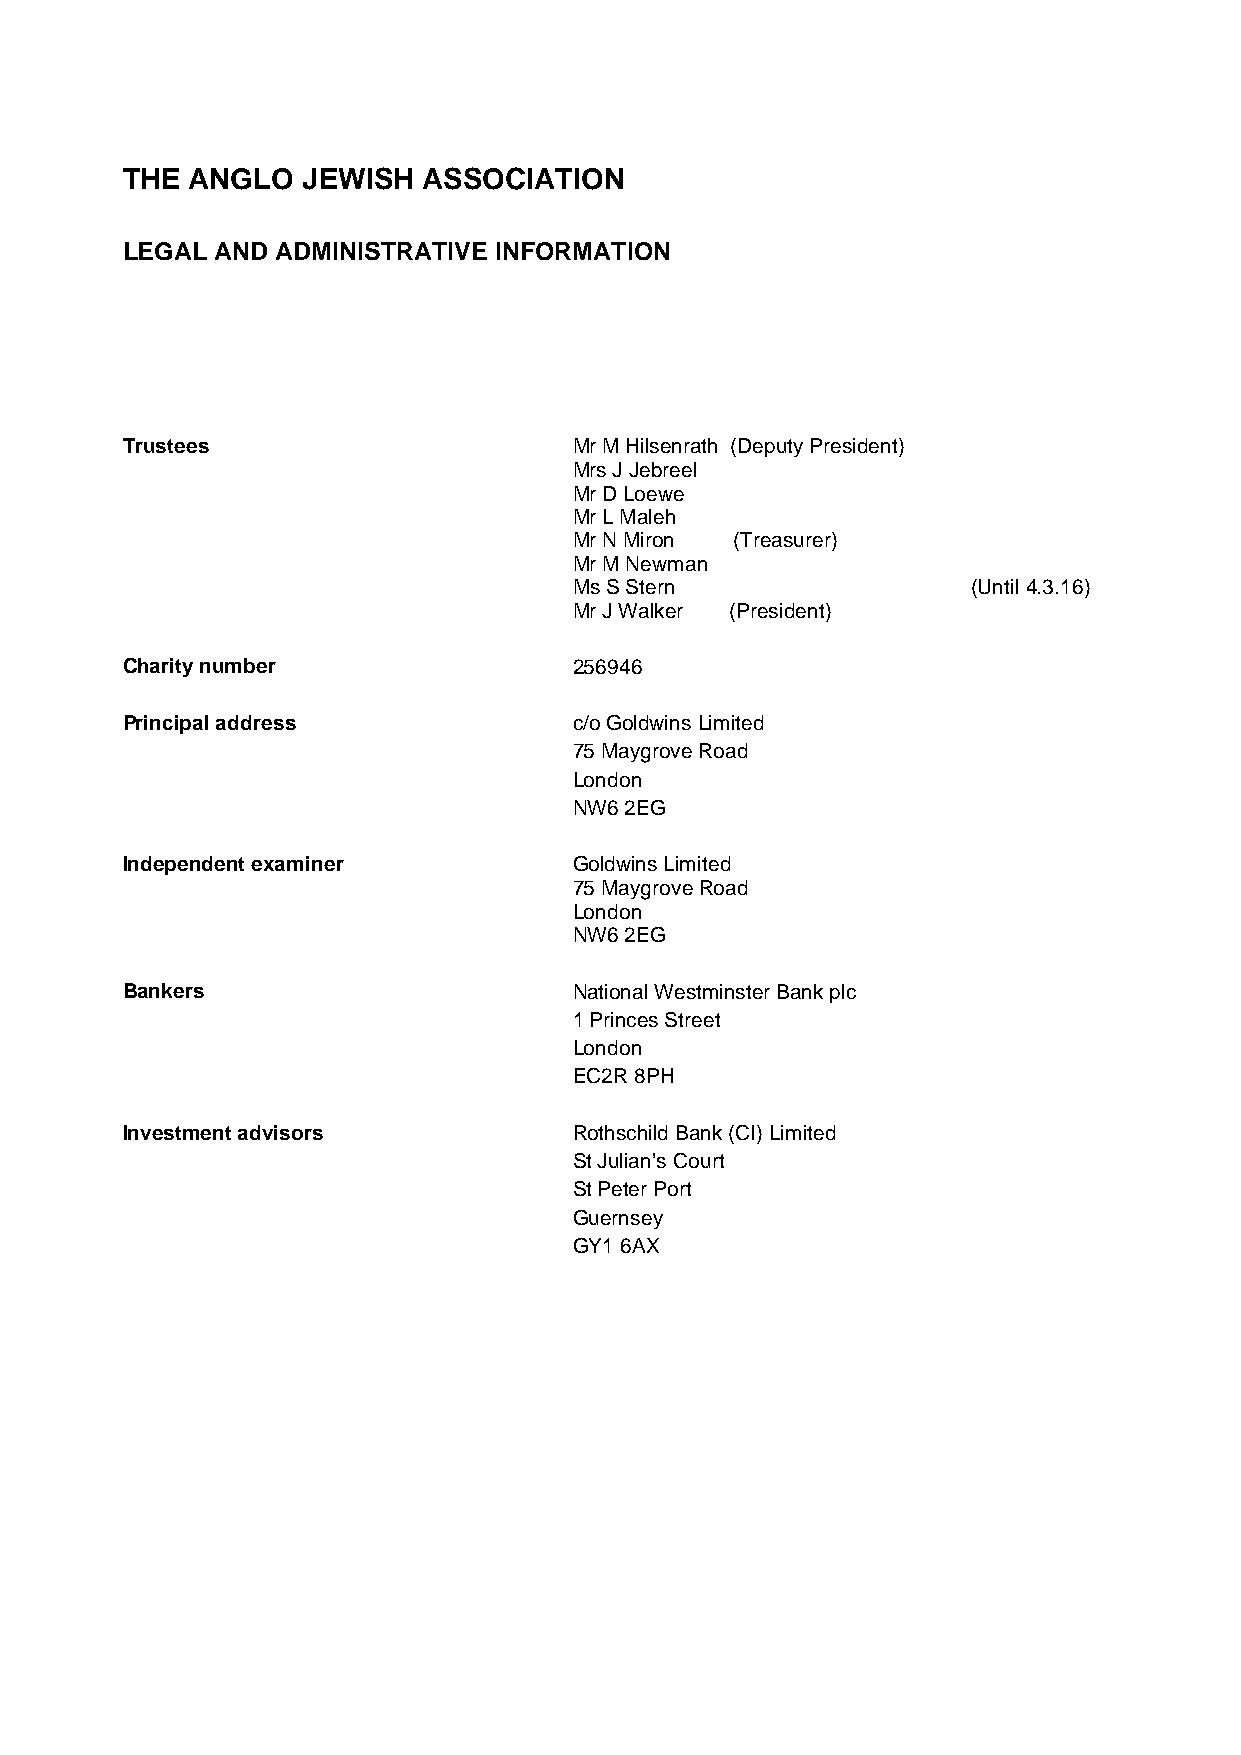
THE  ANGLO  JEWISH  ASSOCIATION
 LEGAL AND ADMINISTRATIVE INFORMATION
 Trustees                      Mr M Hilsenrath (Deputy President)
 Mrs J Jebreel
 Mr D Loewe
 Mr L Maleh
 Mr N Miron (Treasurer)
 Mr M Newman
 MsS Stern                 (Until4.3.16)
 Mr J Walker (President)
 Charity number                256946
 Principal address             c/oGoldwinsLimited
 75 Maygrove Road
 London
 NW6 2EG
 Independent examiner          Goldwins Limited
 75 MaygroveRoad
 London
 NW6 2EG
 Bankers                       National Westminster Bank plc
 1 Princes Street
 London
 EC2R 8PH
 Investment advisors           Rothschild Bank (CI) Limited
 St Julian’s Court
 St Peter Port
 Guernsey
 GY1 6AX